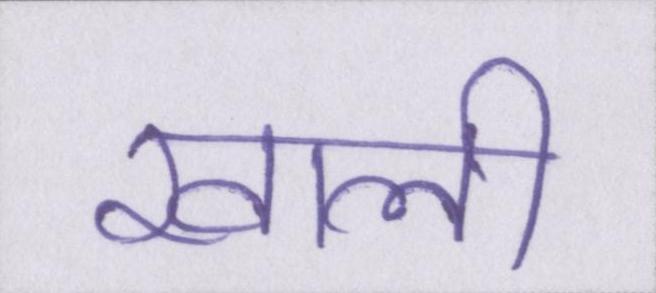
खाली